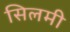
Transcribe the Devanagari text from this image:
सिलमी